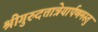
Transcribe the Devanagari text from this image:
श्रीगुरुदत्तात्रेयार्पणमस्तु